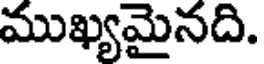
ముఖ్యమైనది.